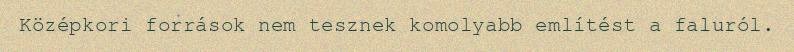
Középkori források nem tesznek komolyabb említést a faluról.